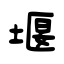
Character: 堰